Indian journal of veterinary science and animal husbandry - Volumes 24-25, 1954-1955
Year: 1954
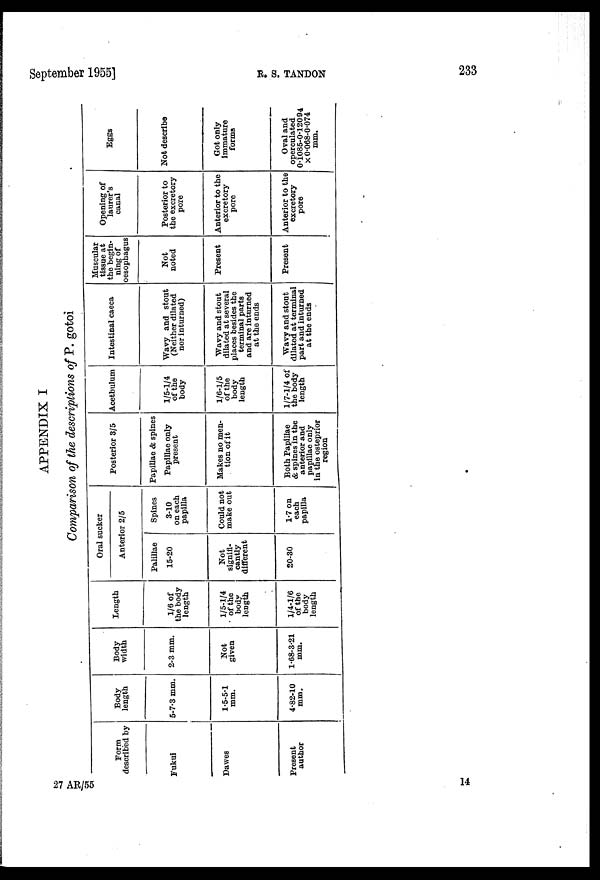
September 1995]
R. S. TANDON
233
APPENDIX I
Comparison of the descriptions of P. gotoi
Form
described by
Fukui
Dawes
Present
author
Body
length
5-7.3 mm.
1.5-5.1
mm.
4.82-10
mm.
Body
width
2-3 mm.
Not
given
1.68-3.21
mm.
Length
1/6 of
the body
length
1/5-1/4
of the
body
length
1/4-1/6
of the
body
length
Oral sucker
Anterior 2/5
Palillae
15-20
Not
signifi-
cantly
different
20-30
Spines
3-10
on each
papilla
Could not
make out
1.7 on
each
papilla
Posterior 3/5
Papillae & spines
Papillae only
present
Makes no men-
tion of it
Both Papillae
& spines in the
anterior and
papillae only
in the osteprior
region
Acetbulum
1/5-1/4
of the
body
1/6-1/5
of the
body
length
1/7-1/4 of
the body
length
Intestinal caeca
Wavy and stout
(Neither dilated
nor inturned)
Wavy and stout
dilated at several
places besides the
terminal parts
and are inturned
at the ends
Wavy and stout
dilated at terminal
part and inturned
at the ends
Muscular
tissue at
the begin-
ning of
oesophagus
Not
noted
Present
Present
Opening of
laurer's
canal
Posterior to
the excretory
pore
Anterior to the
excretory
pore
Anterior to the
excretory
pore
Eggs
Not describe
Got only
immature
forms
Oval and
operculated
0.1085-0.12094
×0.068-0.074
mm.
27 AR/55